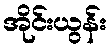
အိုင်းယွန်း